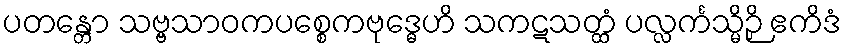
ပတန္တော သဗ္ဗသာဝကပစ္စေကဗုဒ္ဓေဟိ သကဋသတ္ထံ ပလ္လင်္ကသ္မိဉှိ ဧကိဒံ